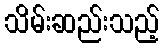
သိမ်းဆည်းသည့်